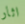
اثار